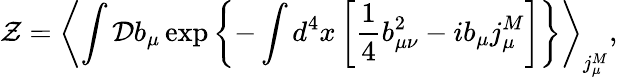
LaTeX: {\cal Z}=\left<\int{\cal D}b_{\mu}\exp\left\{ -\int d^{4}x\left[\frac 14b_{\mu\nu}^{2}-ib_{\mu}j_{\mu}^{M}\right]\right\} \right>_{j_{\mu}^{M}},